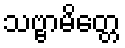
သဗ္ဗာမိတ္တေ